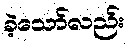
ခဲ့သော်လည်း